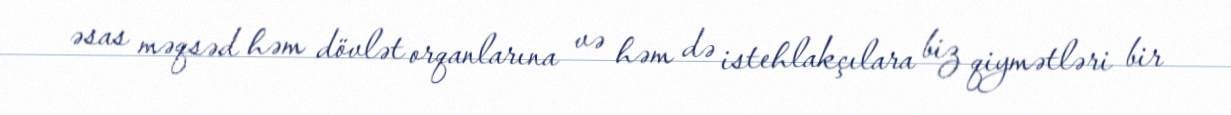
əsas məqsəd həm dövlət orqanlarına və həm də istehlakçılara biz qiymətləri bir